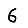
Digit: 6